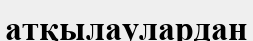
атқылаулардан